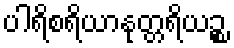
ပါရိစရိယာနုတ္တရိယဉ္စ